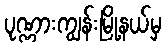
ပုဏ္ဏားကျွန်းမြို့နယ်မှ